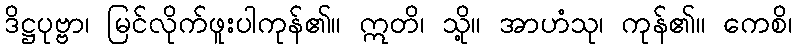
ဒိဋ္ဌပုဗ္ဗာ၊ မြင်လိုက်ဖူးပါကုန်၏။ ဣတိ၊ သို့။ အာဟံသု၊ ကုန်၏။ ကေစိ၊